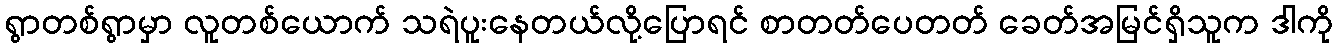
ရွာတစ်ရွာမှာ လူတစ်ယောက် သရဲပူးနေတယ်လို့ပြောရင် စာတတ်ပေတတ် ခေတ်အမြင်ရှိသူက ဒါကို